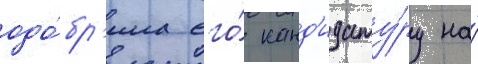
одо́бр'ила его́ канд'идату́ру на́